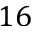
1 6